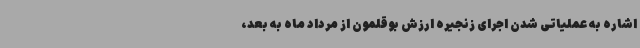
اشاره به عملیاتی شدن اجرای زنجیره ارزش بوقلمون از مرداد ماه به بعد،